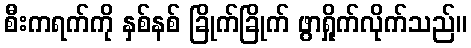
စီးကရက်ကို နှစ်နစ် ခြိုက်ခြိုက် ဖွာရှိုက်လိုက်သည်။